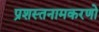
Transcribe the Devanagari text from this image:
प्रशस्तनामकरणो